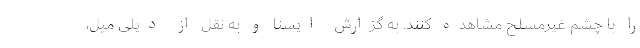
را با چشم غیرمسلح مشاهده کنند. به گزارش ایسنا و به نقل از دیلی میل،